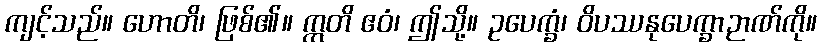
ကျင့်သည်။ ဟောတိ၊ ဖြစ်၏။ ဣတိ ဧဝံ၊ ဤသို့။ ဥပေက္ခံ၊ ဝိပဿနုပေက္ခာဉာဏ်ကို။